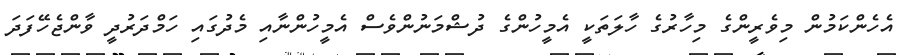
އެހެންކަމުން މިވެރީންގެ މިހާރުގެ ހާލަތަކީ އެމީހުންގެ ދުޝްމަނުންވެސް އެމީހުންނާއި މެދުގައި ހަމްދަރުދީ ވާންޖެހޭފަދަ